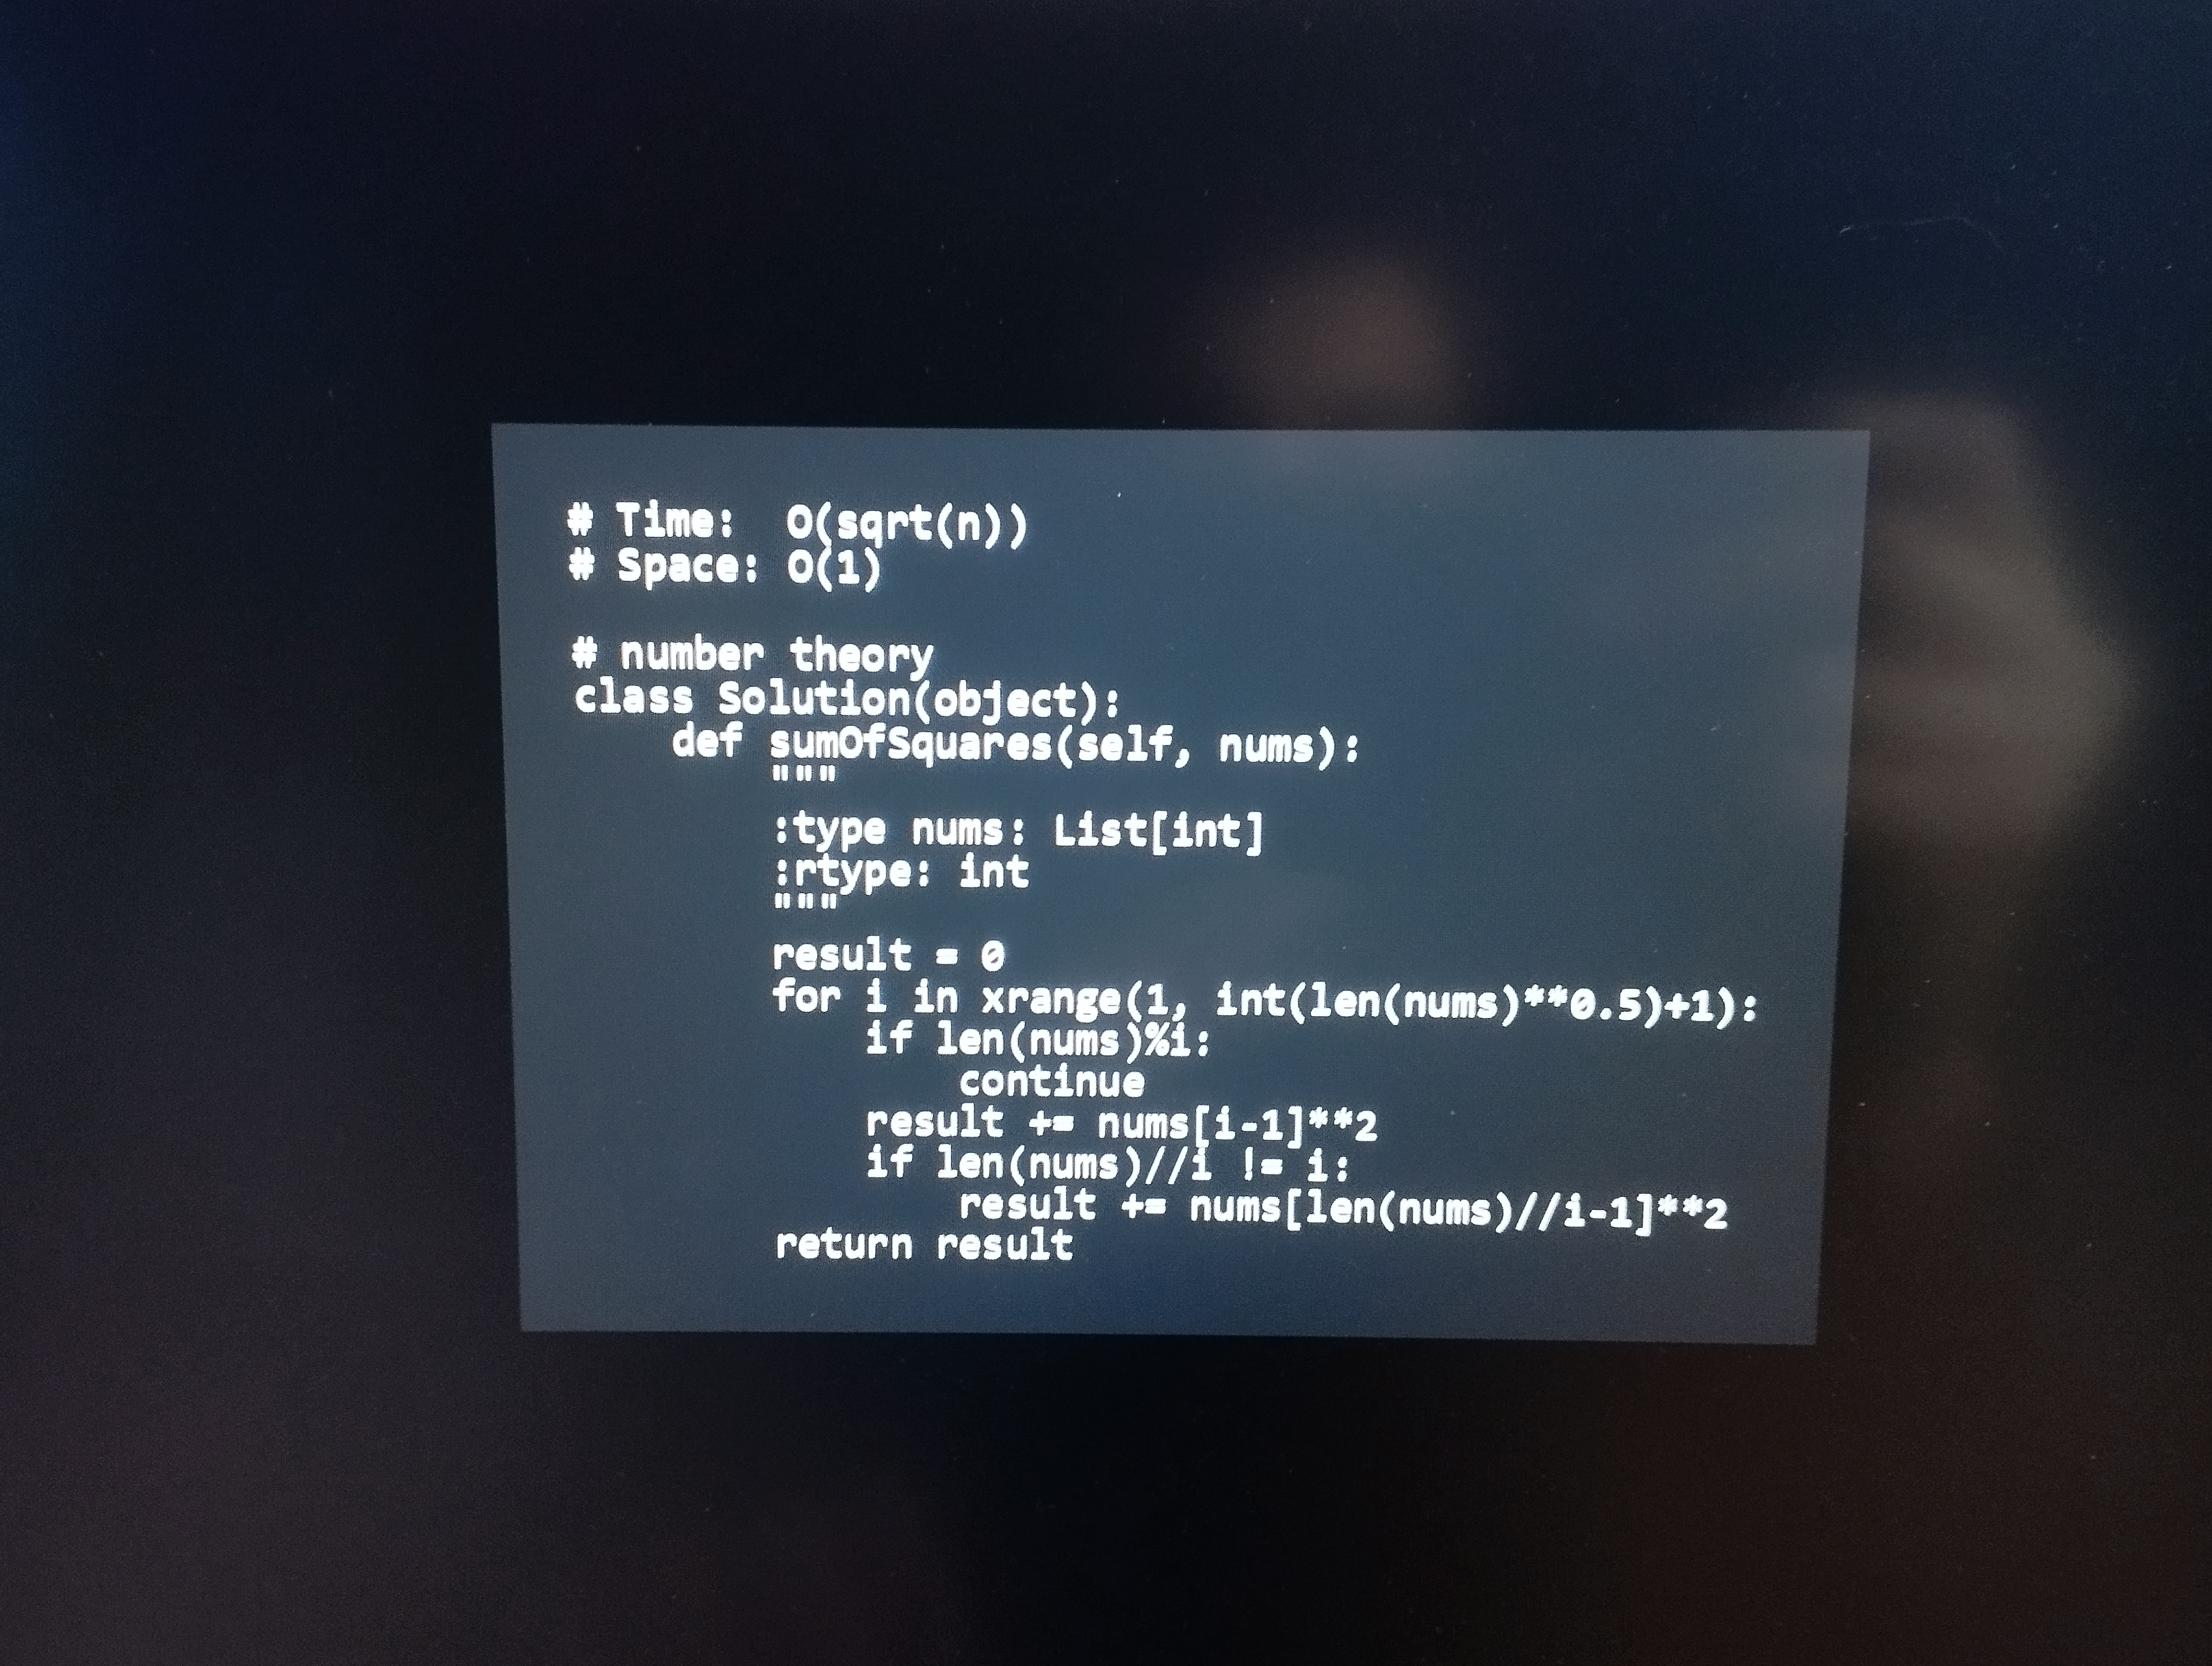
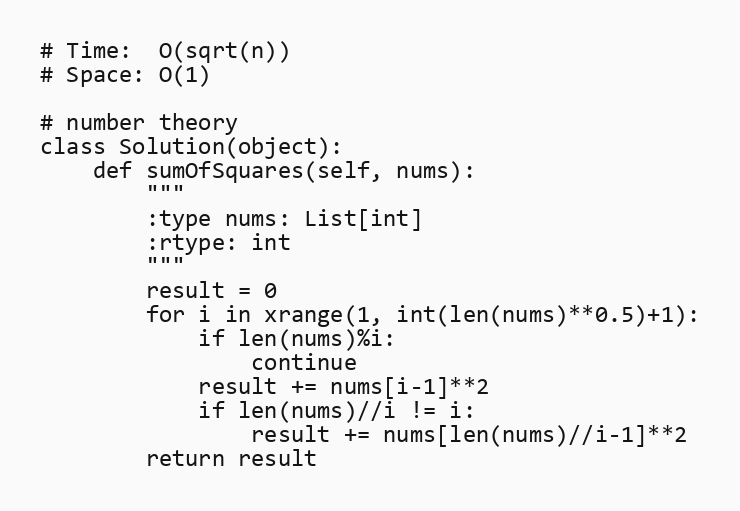
# Time:  O(sqrt(n))
# Space: O(1)

# number theory
class Solution(object):
    def sumOfSquares(self, nums):
        """
        :type nums: List[int]
        :rtype: int
        """
        result = 0
        for i in xrange(1, int(len(nums)**0.5)+1):
            if len(nums)%i:
                continue
            result += nums[i-1]**2
            if len(nums)//i != i:
                result += nums[len(nums)//i-1]**2
        return result